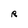
Character: R